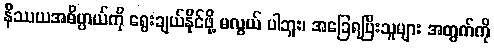
နိဿယအဓိပ္ပာယ်ကို ရွေးချယ်နိုင်ဖို့ မလွယ် ပါဘူး၊ အခြေရပြီးသူများ အတွက်ကို